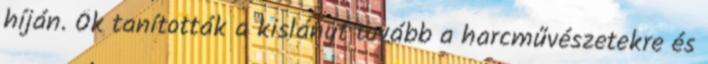
híján. Ők tanították a kislányt tovább a harcművészetekre és